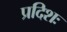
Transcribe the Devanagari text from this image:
प्रदिशः